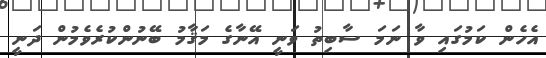
އެހެން ކަމުގައި ވާ ނަމަ ސާބިތު ވަނީ އޭނާގެ މަޤާމު ބޭނުންކުރެވެމުން ދަނީ